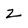
Character: Z